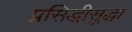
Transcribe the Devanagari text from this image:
प्रसिद्धीसुद्धा